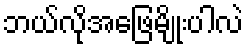
ဘယ်လိုအဖြေမျိုးပါလဲ